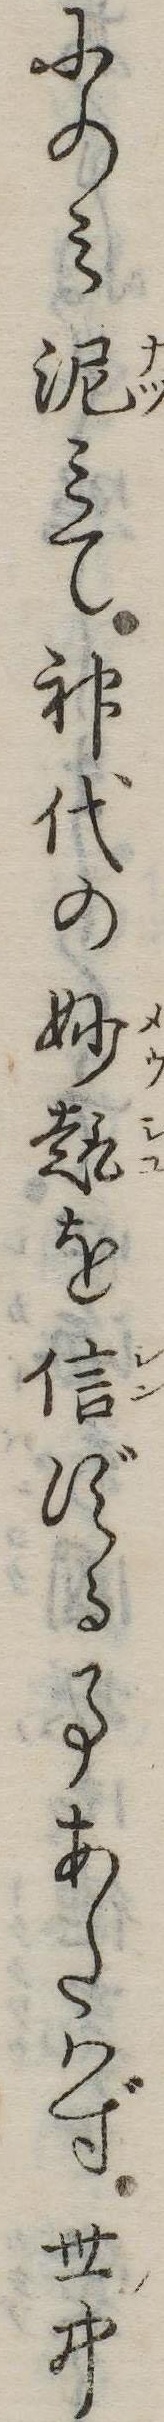
にのみ泥みて神代の妙趣を信ずる事あたはず世中